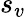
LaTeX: s_{v}